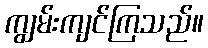
ကျွမ်းကျင်ကြသည်။